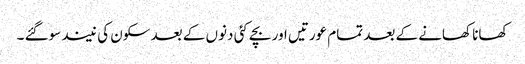
کھانا کھانے کے بعد تمام عورتیں اور بچے کئی دنوں کے بعد سکون کی نیند سوگئے ۔